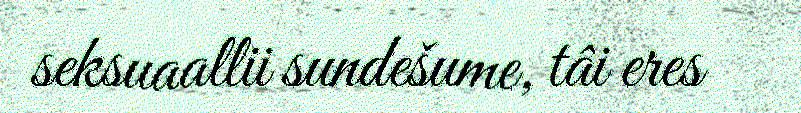
seksuaallii sundešume, tâi eres